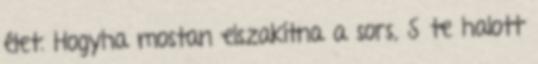
élet. Hogyha mostan elszakítna a sors, S te halott